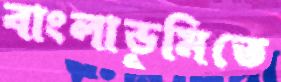
বাংলাভূমিতে